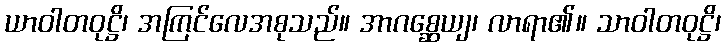
ယာဝါတဝုဋ္ဌိ၊ အကြင်လေအစုသည်။ အာဂစ္ဆေယျ၊ လာရာ၏။ သာဝါတဝုဋ္ဌိ၊